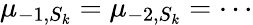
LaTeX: \mu_{-1,S_{k}}=\mu_{-2,S_{k}}=\cdots